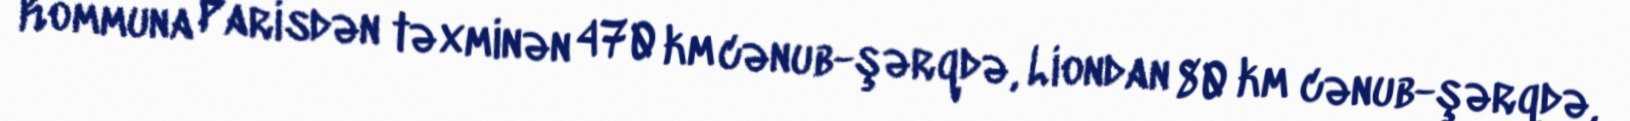
Kommuna Parisdən təxminən 470 km cənub-şərqdə, Liondan 80 km cənub-şərqdə,